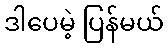
ဒါပေမဲ့ ပြန်မယ်